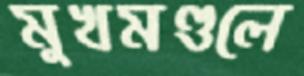
মুখমণ্ডলে